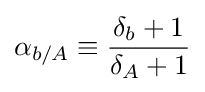
\alpha _{b/A}\equiv {\frac {\delta _{b}+1}{\delta _{A}+1}}